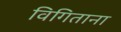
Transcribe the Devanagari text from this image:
विगिताना